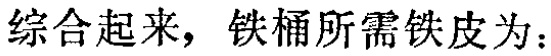
综合起来，铁桶所需铁皮为：